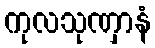
ကုလသုဏှာနံ